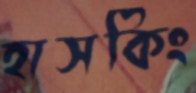
হাসকিং